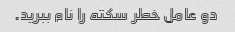
دو عامل خطر سکته را نام ببرید.